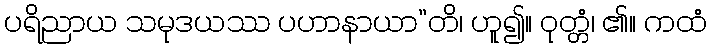
ပရိညာယ သမုဒယဿ ပဟာနာယာ”တိ၊ ဟူ၍။ ဝုတ္တံ၊ ၏။ ကထံ